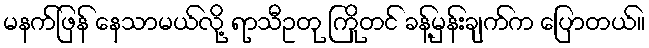
မနက်ဖြန် နေသာမယ်လို့ ရာသီဥတု ကြိုတင် ခန့်မှန်းချက်က ပြောတယ်။